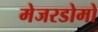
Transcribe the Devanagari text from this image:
मेजरडोमो